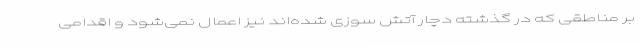
بر مناطقی که در گذشته دچار آتش سوزی شده‌اند نیز اعمال نمی‌شود و اقدامی